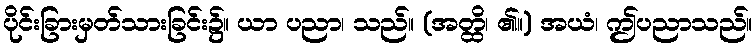
ပိုင်းခြားမှတ်သားခြင်း၌။ ယာ ပညာ၊ သည်။ (အတ္ထိ၊ ၏။) အယံ၊ ဤပညာသည်။